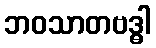
ဘဝသာတဗဒ္ဓါ